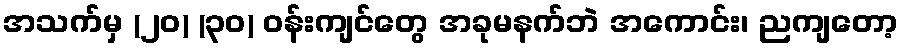
အသက်မှ (၂၀) (၃၀) ဝန်းကျင်တွေ အခုမနက်ဘဲ အကောင်း၊ ညကျတော့